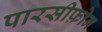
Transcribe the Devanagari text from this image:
पारसीफ़ोन